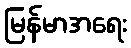
မြန်မာအရေး